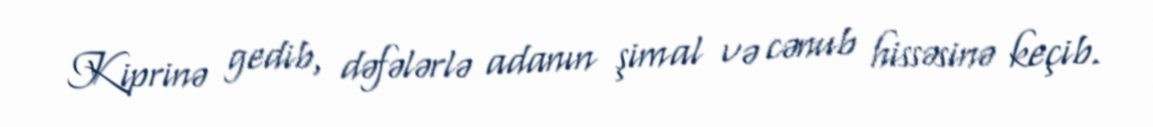
Kiprinə gedib, dəfələrlə adanın şimal və cənub hissəsinə keçib.